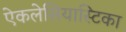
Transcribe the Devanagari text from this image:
ऐकलेसियास्टिका